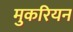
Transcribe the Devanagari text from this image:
मुकरियन